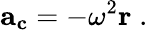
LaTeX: \mathbf{a_{c}}=-\omega^{2}\mathbf{r}\; .